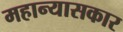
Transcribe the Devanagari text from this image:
महान्यासकार